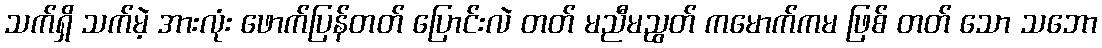
သက်ရှိ သက်မဲ့ အားလုံး ဖောက်ပြန်တတ် ပြောင်းလဲ တတ် မညီမညွတ် ကမောက်ကမ ဖြစ် တတ် သော သဘော